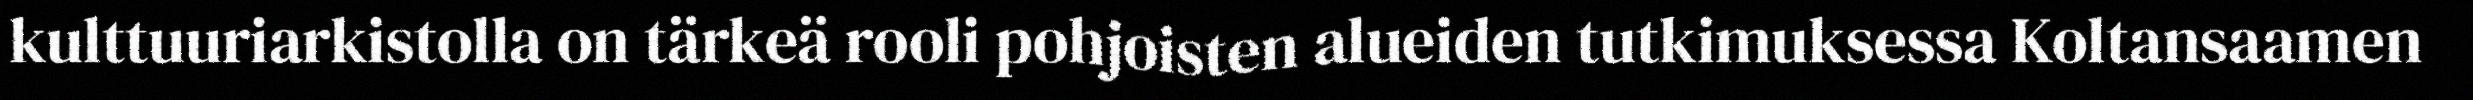
kulttuuriarkistolla on tärkeä rooli pohjoisten alueiden tutkimuksessa Koltansaamen